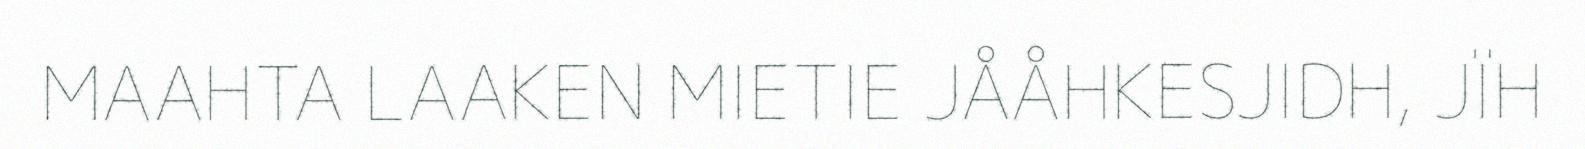
MAAHTA LAAKEN MIETIE JÅÅHKESJIDH, JÏH